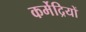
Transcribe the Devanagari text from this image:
कर्मेद्रियों